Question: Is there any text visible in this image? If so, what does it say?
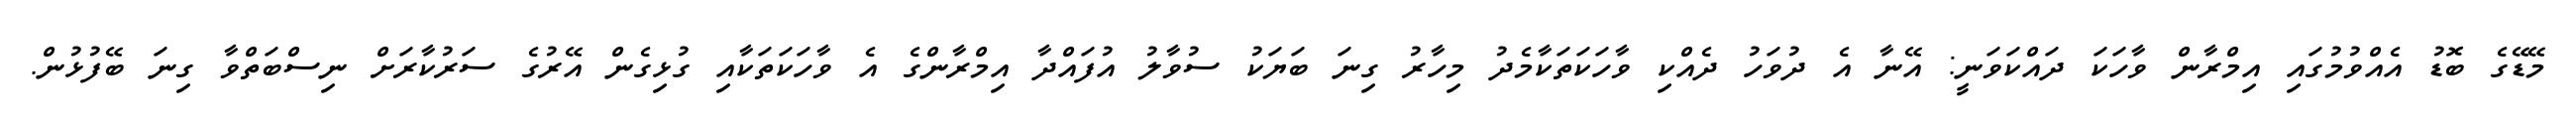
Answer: މޭޑޭގެ ބޮޑު އެއްވުމުގައި އިމްރާން ވާހަކަ ދައްކަވަނީ: އޭނާ އެ ދުވަހު ދެއްކި ވާހަކަތަކާމެދު މިހާރު ގިނަ ބަޔަކު ސުވާލު އުފައްދާ އިމްރާންގެ އެ ވާހަކަތަކާއި ގުޅިގެން އޭރުގެ ސަރުކާރަށް ނިސްބަތްވާ ގިނަ ބޭފުޅުން.